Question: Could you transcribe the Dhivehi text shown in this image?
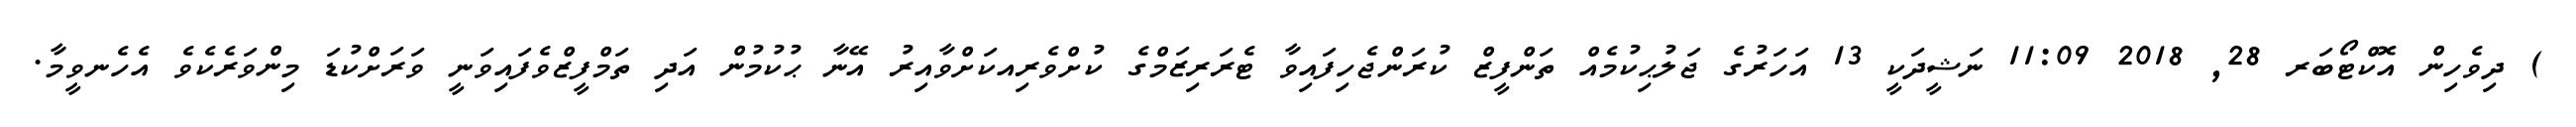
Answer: ) ދިވެހިން އޮކްޓޯބަރ 28, 2018 11:09 ނަޝީދަކީ 13 އަހަރުގެ ޖަލުޙިކުމެއް ތަންފީޒް ކުރަންޖެހިފައިވާ ޓެރަރިޒަމްގެ ކުށްވެރިއކަށްވާއިރު އޭނާ ޙުކުމުން އަދި ތަމްފީޒްވެފައިވަނީ ވަރަށްކުޑަ މިންވަރެކެވެ އެހެނވީމާ.